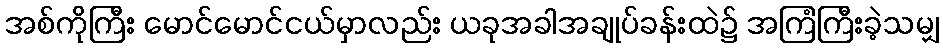
အစ်ကိုကြီး မောင်မောင်ငယ်မှာလည်း ယခုအခါအချုပ်ခန်းထဲ၌ အကြံကြီးခဲ့သမျှ